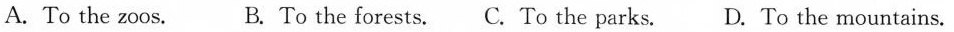
A. To the zoos, B. To the forests.C.To the parks. D. To the mountains.